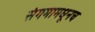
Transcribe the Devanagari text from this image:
संगमामधूनच